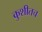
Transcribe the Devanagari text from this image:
कुशीतच